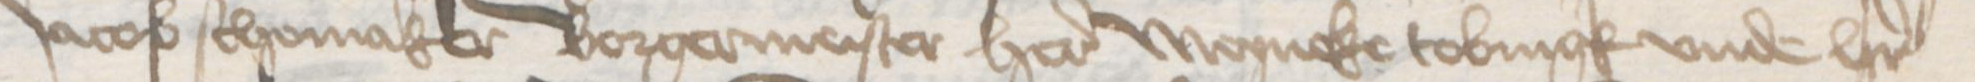
Transcription: Jacob Schomaker Borgermeister here Meyneke Tobringk vnde her